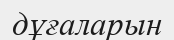
дұғаларын